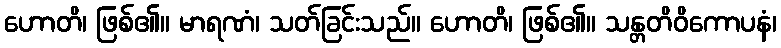
ဟောတိ၊ ဖြစ်၏။ မာရဏံ၊ သတ်ခြင်းသည်။ ဟောတိ၊ ဖြစ်၏။ သန္တတိဝိကောပနံ၊